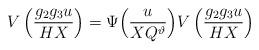
LaTeX: \begin{align*}V\left( \frac{g_2g_3u}{HX}\right) = \Psi\Big( \frac{ u}{XQ^{\vartheta}}\Big)V\left( \frac{g_2g_3u}{HX}\right)\end{align*}